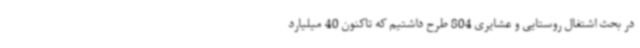
در بحث اشتغال روستایی و عشایری 804 طرح داشتیم که تاکنون 40 میلیارد